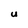
Character: u